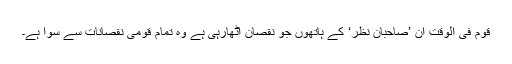
قوم فی الوقت اِن ’صاحبانِ نظر‘ کے ہاتھوں جو نقصان اٹھارہی ہے وہ تمام قومی نقصانات سے سوا ہے۔